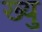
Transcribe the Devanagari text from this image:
ख्यु